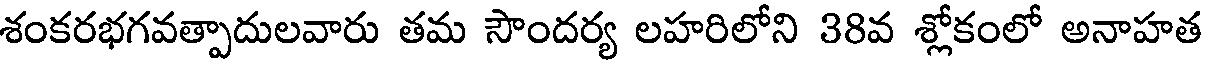
శంకరభగవత్పాదులవారు తమ సౌందర్య లహరిలోని 38వ శ్లోకంలో అనాహత